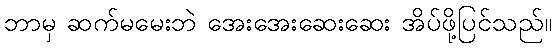
ဘာမှ ဆက်မမေးဘဲ အေးအေးဆေးဆေး အိပ်ဖို့ပြင်သည်။